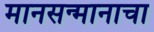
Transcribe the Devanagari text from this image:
मानसन्मानाचा